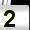
Digit: 2